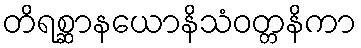
တိရစ္ဆာနယောနိသံဝတ္တနိကာ